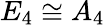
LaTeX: E_{4}\cong A_{4}